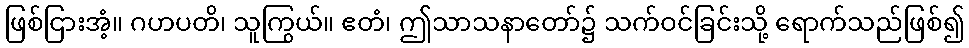
ဖြစ်ငြားအံ့။ ဂဟပတိ၊ သူကြွယ်။ ဧတံ၊ ဤသာသနာတော်၌ သက်ဝင်ခြင်းသို့ ရောက်သည်ဖြစ်၍